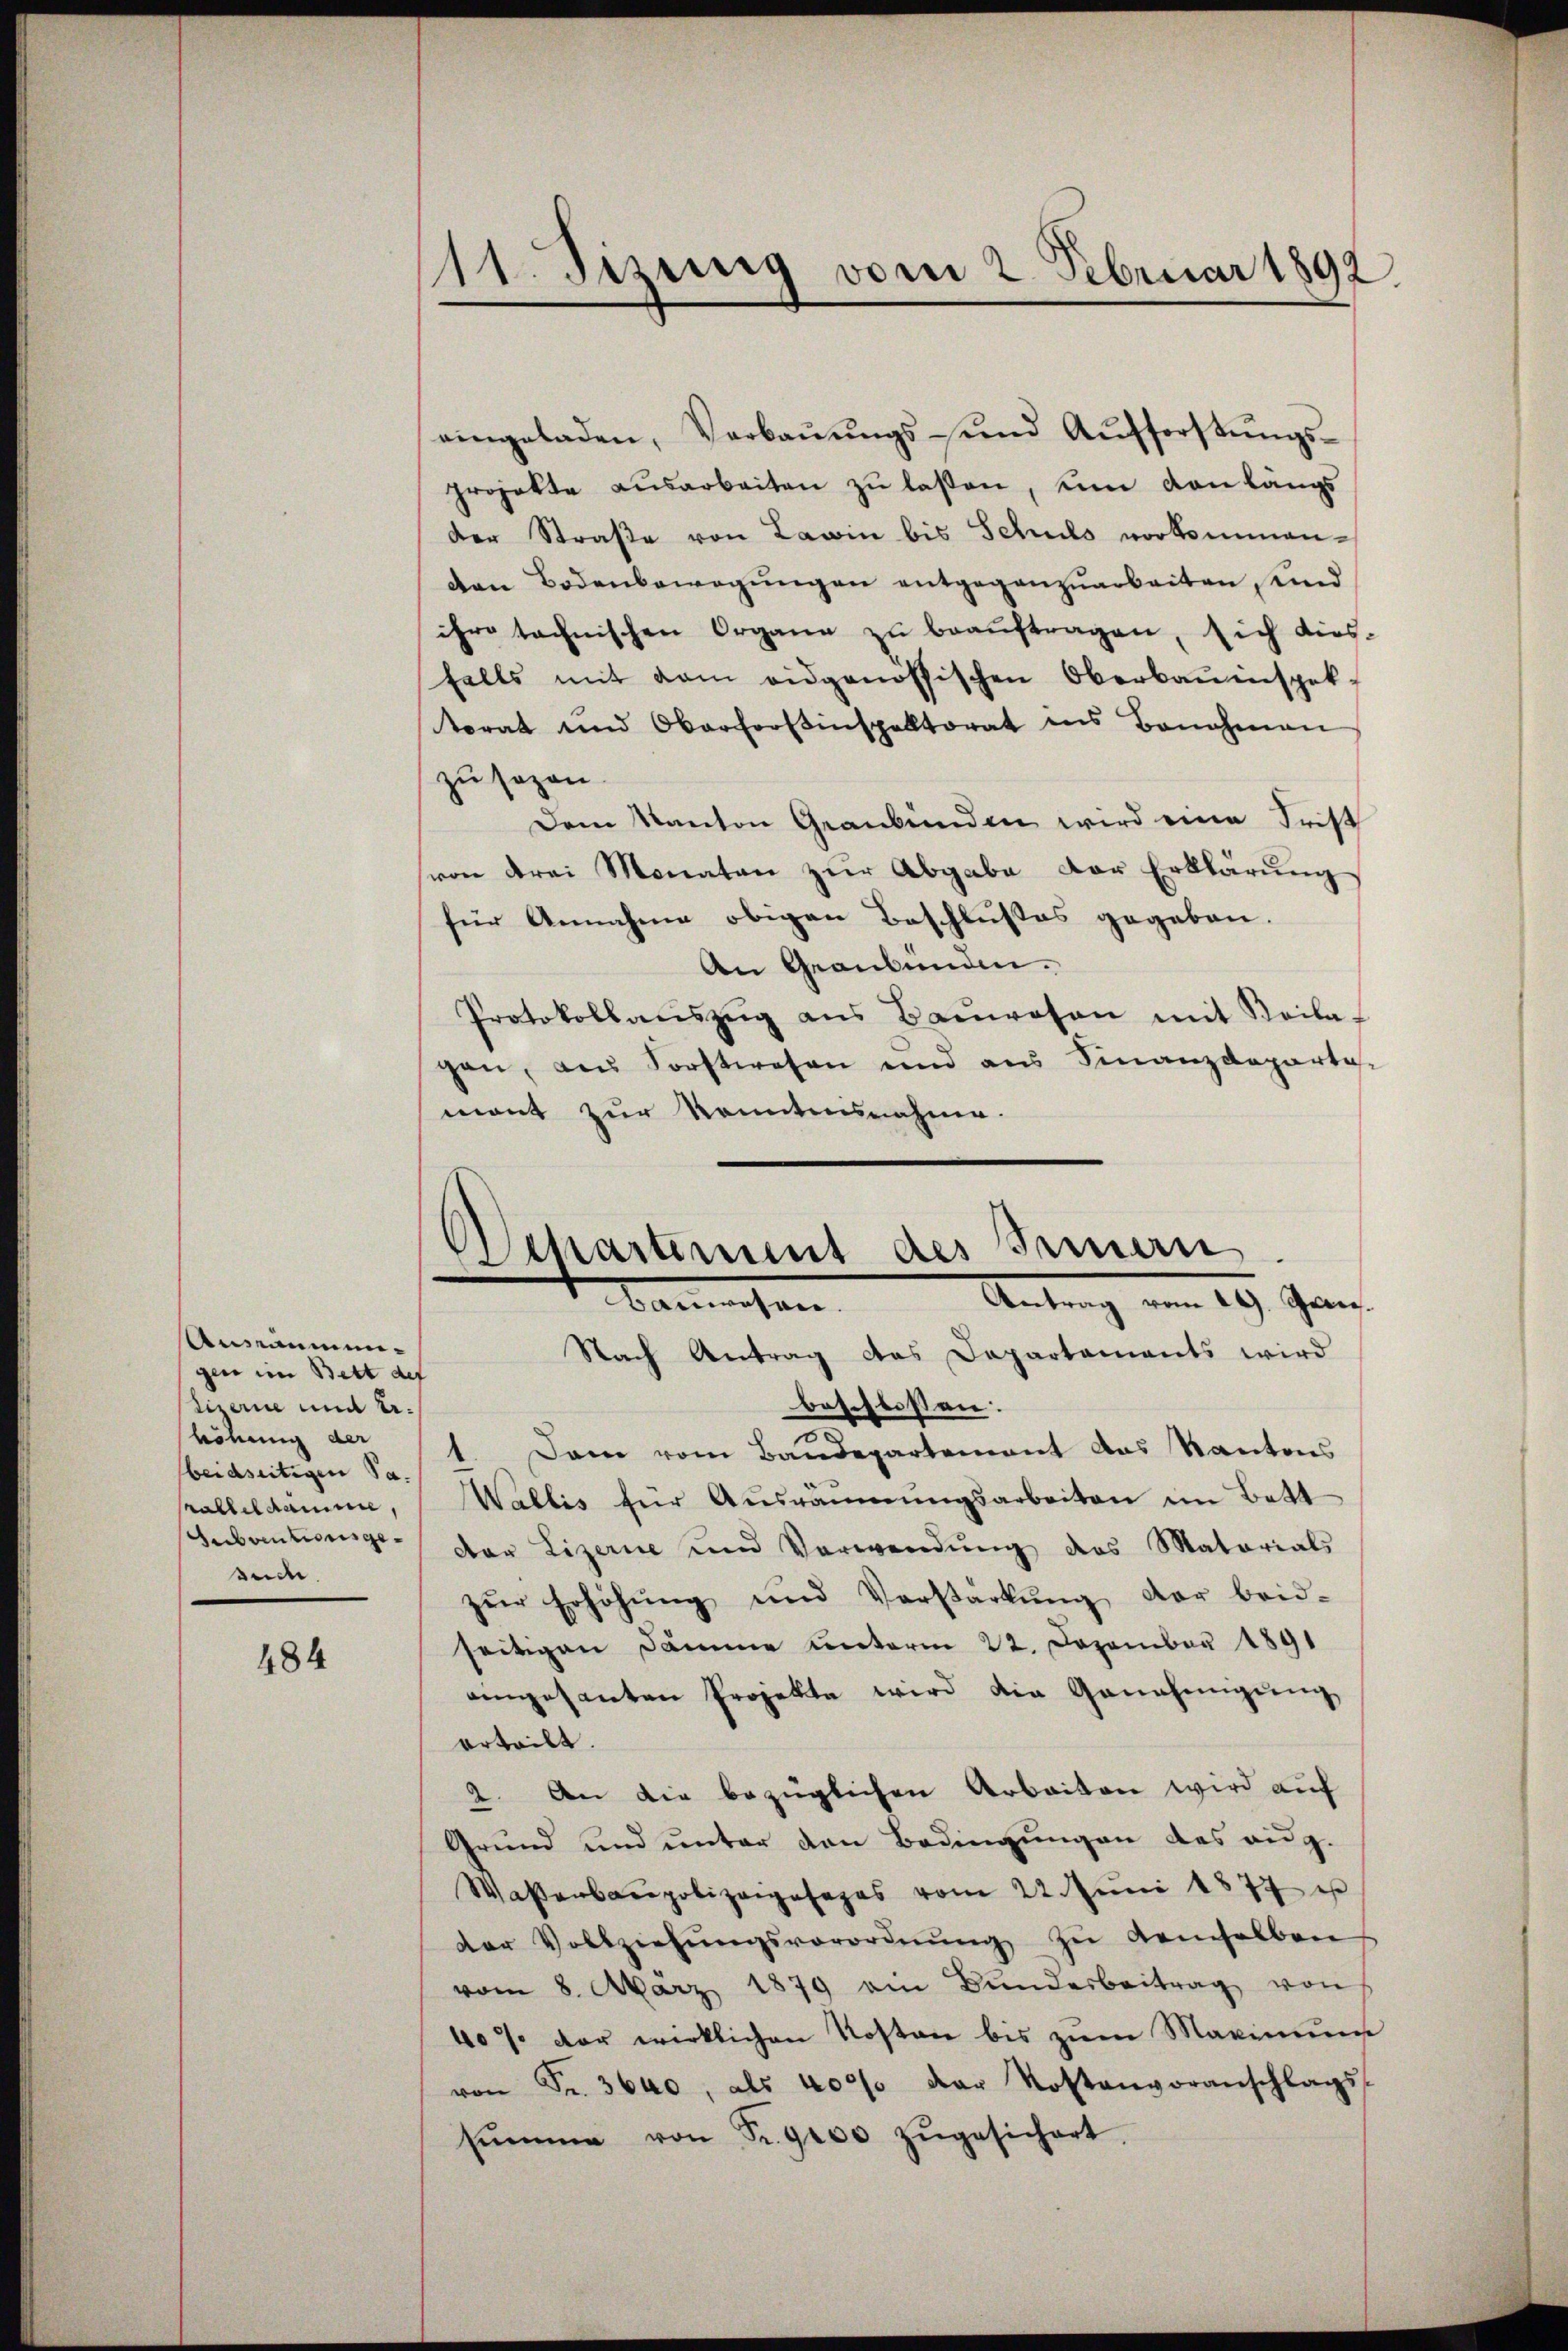
Ansammengen im Bett des
tirere und 2.
höhung der
beidseitigen Sa
ralleldamme,
Subventionsgesuche.

484

11. Jizung vom 2. Februar 1892.

eingeladen, Verbaŭŭngs sind Aufforstŭngs-
projekte ausarbeiten zŭ lassen, um Kanlängs
der Straße von Lawin bis Schuls vorkommenden Bodenbewegŭngen entgegenzŭarbeiten, und
ihre technischen Organe zŭ beaŭftragen, sich dies-
falls mit dem eidgenössischen Oberbauinspek-
torat und Oberforstinspektorat ins Banahmen
zu sezen.
Dem Kanton Graubünden wird eine Frist
von drei Monaten zŭr Abgabe der Erklärŭng
für Annahme obigen Beschlußes gegeben.
An Graubünden.
Protokollaŭszŭg ans Baŭwesen mit Beila
gen, aus Vorstwesen und aus Finanzdeparta-
mont zur konntensnahme.
Nach Antrag das Departaments wird
beschlossen:
Dann vom Bandepartement das Kantons
Wallis für Aŭsräŭmŭngsarbeiten im Batt
der Lizerie und Verwendŭng des Materials
zŭr Erhöhŭng und Verstärkŭng der beid-
seitigen Dämme unterm 22. Dozember 1891
eingesanten Projekte wird die Genehmigung
erteilt.
2. An die bezüglichen Arbeiten wird auf
Grund und unter den Bedingungen des aug.
Wasenacepolizangesages vom 22. Juni 1877 ist
der Vollziehŭngsverordnŭng zŭ demselben
vom 8. März 1879 am Bŭndesbeitrag von
40% der wirklichen Kosten bis zum Maximum
von Fr. 3640, als 400% der Kostenvoranschlags-
sŭmme von Fr. 900 zŭgesichert.

Departement des Innern.
Antrag vom 29. Jan
Beliehen